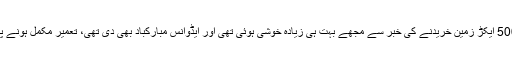
16 مارچ 2016 کو گوادر یونیورسٹی کے لیے 500 ایکڑ زمین خریدنے کی خبر سے مجھے بہت ہی زیادہ خوشی ہوئی تھی اور ایڈوانس مبارکباد بھی دی تھی، تعمیر مکمل ہونے پر وزیر اعظم عمران خان کو مبارکباد پیش کرونگا۔